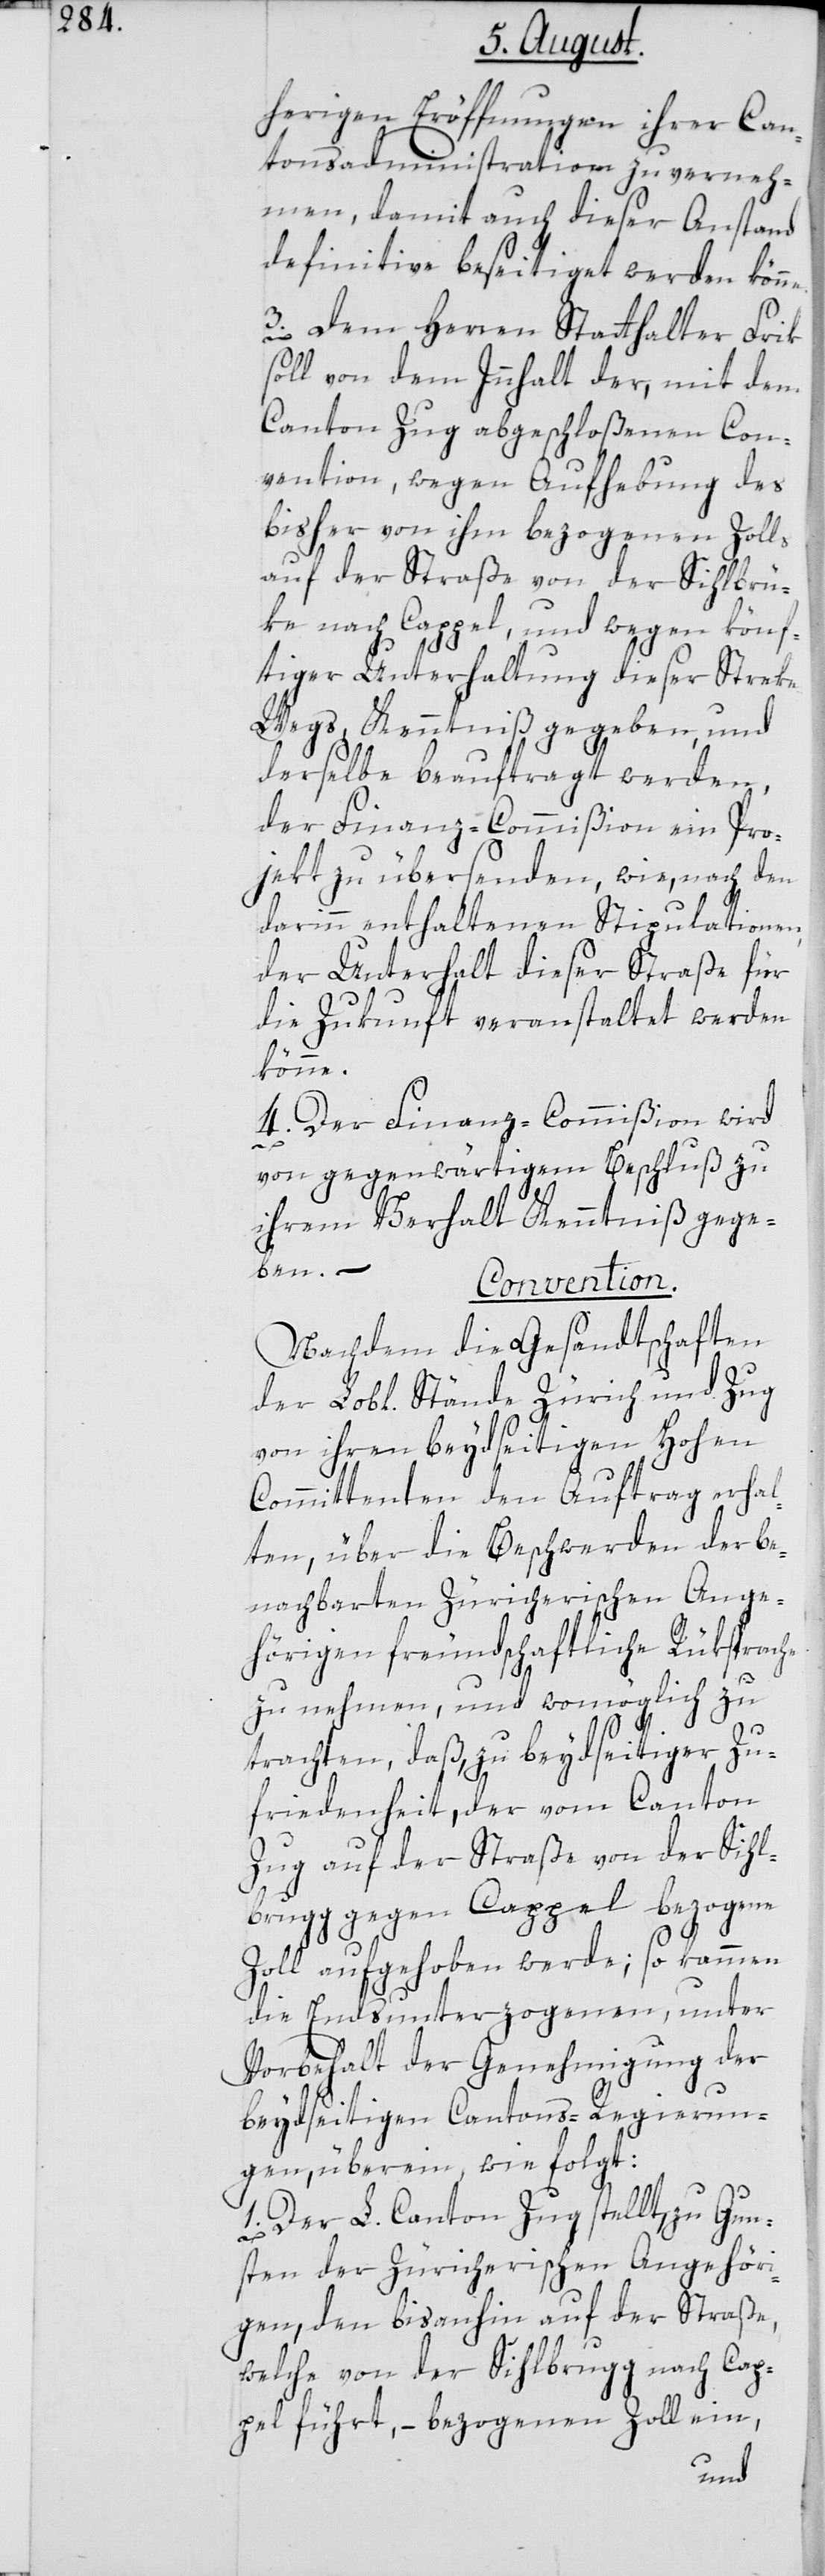
herigen Eröffnungen ihrer Can¬
tonsadministration zu verneh¬
men, damit auch dieser Anstand
definitive beseitiget werden kön¬
3. Dem Herren Statthalter Frik
soll von dem Innhalt der, mit dem
Canton Zug abgeschloßenen Con¬
vention, wegen Aufhebung des
bisher von ihm bezogenen Zolls
auf der Straße von der Sihlbrü¬
ke nach Cappel, und wegen könf¬
tiger Unterhaltung dieser Streke
Wegs, Kenntniß gegeben, und
derselbe beauftragt werden,
der Finanz-Commißion ein Pro¬
jekt zu übersenden, wie, nach den
darinn enthaltenen Stipulationen,
der Unterhalt dieser Straße für
die Zukunft veranstaltet werden
könne.
4. Der Finanz-Commißion wird
ne.
von gegenwärtigem Beschluß zu
ihrem Verhalt Kenntniß gege¬
ben.
Convention.
Nachdem die Gesandtschaften
der Lobl. Stände Zürich und Zug
von ihren beydseitigen hohen
Committenten den Auftrag erhal¬
ten, über die Beschwerden der be¬
nachbarten Zürcherischen Ange¬
hörigen freundschafltiche Rüksprache
zu nehmen, und womöglich zu
trachten, daß, zu beydseitiger Zu¬
friedenheit, der vom Canton
Zug auf der Straße von der Sihl¬
brugg gegen Cappel bezogene
Zoll aufgehoben werde; so kammen
die Endsunterzogenen, unter
Vorbehalt der Genehmigung der
beydseitigen Cantons-Regierun¬
gen überein, wie folgt:
1. Der L. Canton Zug stellt, zu Gun¬
sten der Zürcherischen Angehöri¬
gen, den bis anhin auf der Straße,
welche von der Sihlbrugg nach Cap¬
pel führt, – bezogenen Zoll ein,